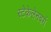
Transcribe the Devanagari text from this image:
स्टेकेलेनबर्ग